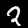
Digit: 2